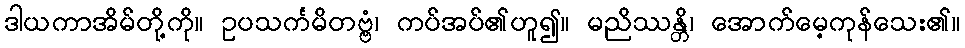
ဒါယကာအိမ်တို့ကို။ ဥပသင်္ကမိတဗ္ဗံ၊ ကပ်အပ်၏ဟူ၍။ မညိဿန္တိ၊ အောက်မေ့ကုန်သေး၏။